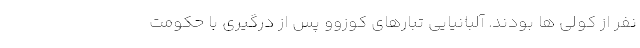
نفر از کولی ها بودند. آلبانیایی تبارهای کوزوو پس از درگیری با حکومت